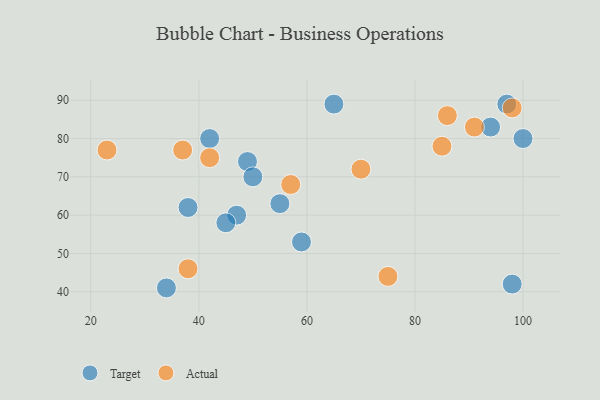
{"axis": {"x": "GDP", "y": "Life Expectancy"}, "legend": ["Actual", "Target"], "data": [{"x": "47", "y": 60, "type": "Target"}, {"x": "42", "y": 80, "type": "Target"}, {"x": "49", "y": 74, "type": "Target"}, {"x": "94", "y": 83, "type": "Target"}, {"x": "50", "y": 70, "type": "Target"}, {"x": "97", "y": 89, "type": "Target"}, {"x": "38", "y": 62, "type": "Target"}, {"x": "100", "y": 80, "type": "Target"}, {"x": "59", "y": 53, "type": "Target"}, {"x": "98", "y": 42, "type": "Target"}, {"x": "65", "y": 89, "type": "Target"}, {"x": "55", "y": 63, "type": "Target"}, {"x": "34", "y": 41, "type": "Target"}, {"x": "45", "y": 58, "type": "Target"}, {"x": "85", "y": 78, "type": "Actual"}, {"x": "23", "y": 77, "type": "Actual"}, {"x": "75", "y": 44, "type": "Actual"}, {"x": "91", "y": 83, "type": "Actual"}, {"x": "38", "y": 46, "type": "Actual"}, {"x": "98", "y": 88, "type": "Actual"}, {"x": "42", "y": 75, "type": "Actual"}, {"x": "57", "y": 68, "type": "Actual"}, {"x": "70", "y": 72, "type": "Actual"}, {"x": "86", "y": 86, "type": "Actual"}, {"x": "37", "y": 77, "type": "Actual"}]}